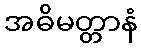
အဓိမတ္တာနံ